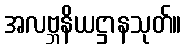
အလဗ္ဘနိယဋ္ဌာနသုတ်။